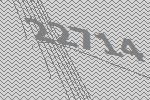
22714